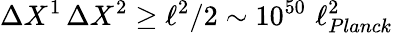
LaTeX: \Delta X^{1}\, \Delta X^{2}\ge\ell^{2}/2\sim 10^{50}\, \, \ell_{Planck}^{2}